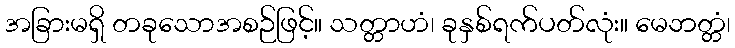
အခြားမရှိ တခုသောအစဉ်ဖြင့်။ သတ္တာဟံ၊ ခုနှစ်ရက်ပတ်လုံး။ မေဘတ္တံ၊